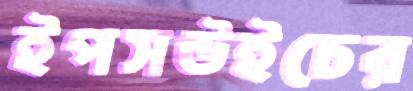
ইপসউইচের